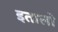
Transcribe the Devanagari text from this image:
इतालो